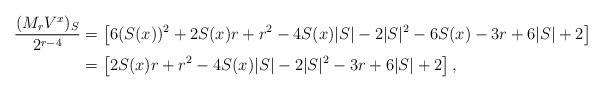
LaTeX: \begin{align*}\frac{(M_r{V}^x)_S}{2^{r-4}} &= \left [ 6(S(x))^2+2S(x)r+r^2-4S(x)|S|-2|S|^2-6S(x)-3r+6|S|+2 \right ] \\& = \left [ 2S(x)r+r^2-4S(x)|S|-2|S|^2-3r+6|S|+2 \right ],\end{align*}